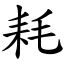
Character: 耗